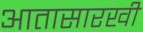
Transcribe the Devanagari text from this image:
आतासारखी